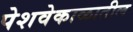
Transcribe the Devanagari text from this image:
पेशवेकाळातील